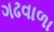
ગઢવાળા